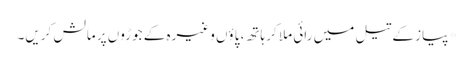
*پیاز کے تیل میں رائی ملا کر ہاتھ، پاؤں وغیرہ کے جوڑوں پر مالش کریں۔